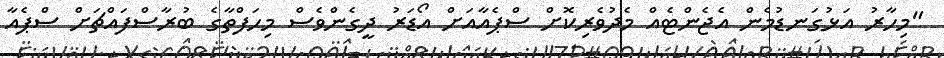
"މިހާރު އަޅުގަނޑުމެން އެޖެންޓެއް މެދުވެރިކޮށް ސްޕެއާއަށް އޯޑަރު ދީގެންވެސް މިހަފްތާގެ ބުރާސްފައްޗަށް ސްޕެއާ